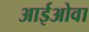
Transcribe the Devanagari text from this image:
आईओवा